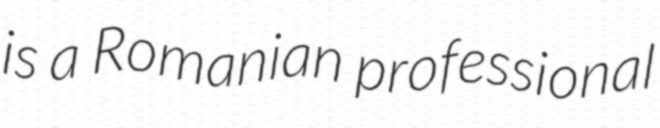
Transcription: is a Romanian professional